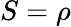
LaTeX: S=\rho